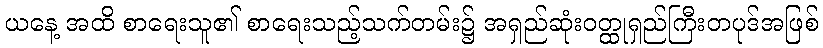
ယနေ့ အထိ စာရေးသူ၏ စာရေးသည့်သက်တမ်း၌ အရှည်ဆုံးဝတ္ထုရှည်ကြီးတပုဒ်အဖြစ်